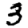
Digit: 3